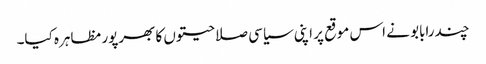
چندرابابو نے اس موقع پر اپنی سیاسی صلاحیتوں کا بھرپور مظاہرہ کیا۔